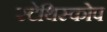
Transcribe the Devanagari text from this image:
स्टेथिस्कोप